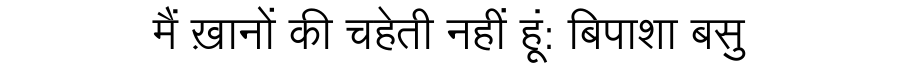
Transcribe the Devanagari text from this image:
मैं ख़ानों की चहेती नहीं हूं: बिपाशा बसु